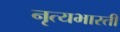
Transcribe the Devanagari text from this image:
नृत्यभारती